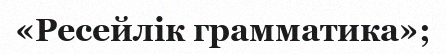
«Ресейлік грамматика»;